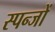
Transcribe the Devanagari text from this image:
स्पन्जों